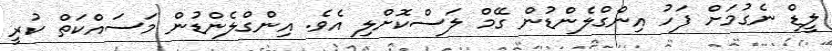
ލީޑް ނެގުމަށް ފަހު އިންގްލެންޑުން ގޭމް ލަސްކޮށްލި އެވެ. އިންގްލެންޑުން މަސައްކަތް ކުރީ